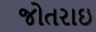
જોતરાઇ